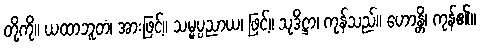
တို့ကို။ ယထာဘူတံ၊ အားဖြင့်။ သမ္မပ္ပညာယ၊ ဖြင့်။ သုဒိဋ္ဌာ၊ ကုန်သည်။ ဟောန္တိ၊ ကုန်၏။